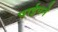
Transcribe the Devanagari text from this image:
पाईपने